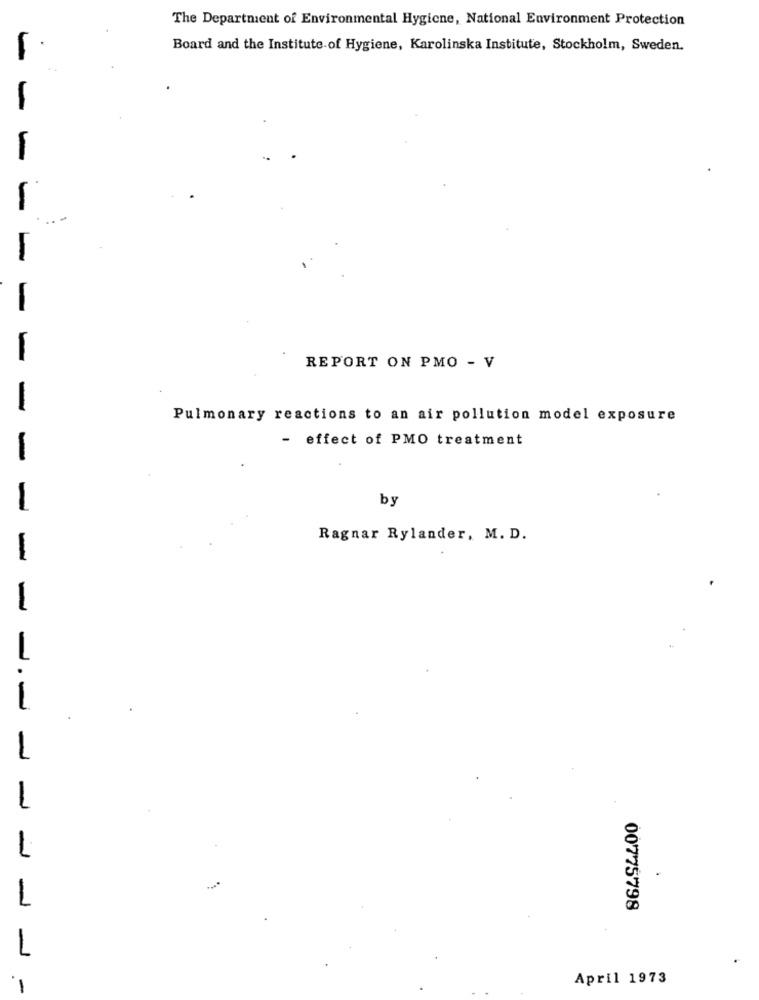
The Department of Environmental Hygiene, National Environment Protection
Board and the Institute of Hygiene, Karolinska Institute, Stockholm, Sweden.
-
-
-
-
REPORT ON PMO - V
Pulmonary reactions to an air pollution model exposure
- effect of PMO treatment
-
by
-
Ragnar Rylander, M. D.
-
-
1
.
00775798
L
April 1973
-